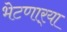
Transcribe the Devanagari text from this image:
भेटणार्‍या